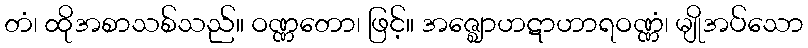
တံ၊ ထိုအစာသစ်သည်။ ဝဏ္ဏတော၊ ဖြင့်။ အဇ္ဈောဟဋာဟာရဝဏ္ဏံ၊ မျိုအပ်သော